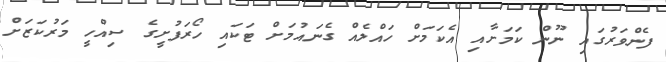
ފެންވަރުގައި ނޫން ކަމަށާއި އެކަމަށް ހައްލެއް ގެނައުމަށް ޓަކައި ހޯރަފުށީގެ ސިއްހީ މަރުކަޒަށް